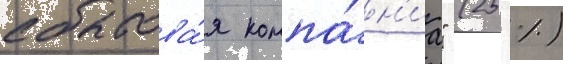
сбытова́я компа́н'иа" (25 %)